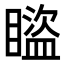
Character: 𥋕